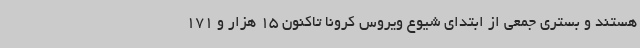
هستند و بستری جمعی از ابتدای شیوع ویروس کرونا تاکنون 15 هزار و 171